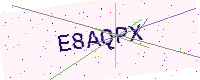
Text: E8AQPX